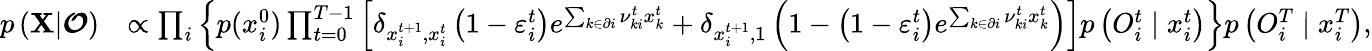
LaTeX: \begin{array}{rl}{p\left({\mathbf X}|\boldsymbol{\mathcal{O}}\right)}&{\propto\prod_{i}\left\{ p(x_{i}^{0})\prod_{t=0}^{T-1}\left[\delta_{x_{i}^{t+1},x_{i}^{t}}\left(1-\varepsilon_{i}^{t}\right)e^{\sum_{k\in\partial i}\nu_{ki}^{t}x_{k}^{t}}+\delta_{x_{i}^{t+1},1}\left(1-\left(1-\varepsilon_{i}^{t}\right)e^{\sum_{k\in\partial i}\nu_{ki}^{t}x_{k}^{t}}\right)\right]p\left({O}_{i}^{t}\mid x_{i}^{t}\right)\right\} p\left({O}_{i}^{T}\mid x_{i}^{T}\right),}\end{array}